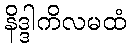
နိဒ္ဒါကိလမထံ